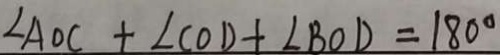
\angle A O C + \angle C O D + \angle B O D = 1 8 0 ^ { \circ }